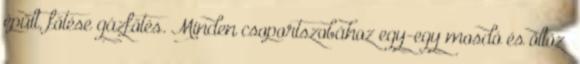
épült, főtése gázfőtés. Minden csoportszobához egy-egy mosdó és öltözı